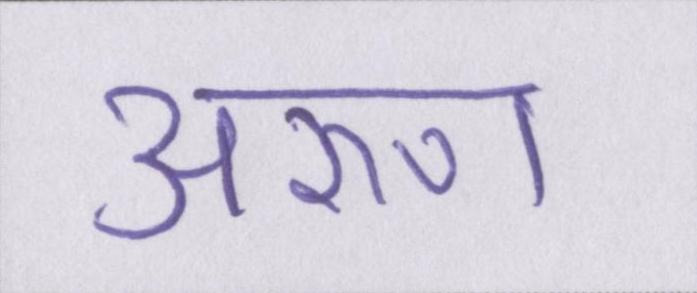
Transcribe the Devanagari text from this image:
अरुण